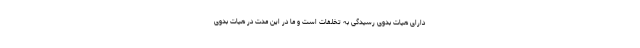
دارای هیات بدوی رسیدگی به تخلفات است و ما در این مدت در هیات بدوی